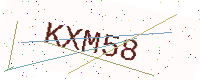
Text: KXM58